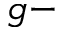
g -